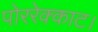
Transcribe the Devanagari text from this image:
पोररेक्काट।